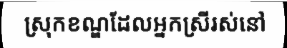
ស្រុកខណ្ឌដែលអ្នកស្រីរស់នៅ